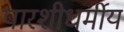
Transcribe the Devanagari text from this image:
पारशीधर्मीय